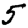
Digit: 5